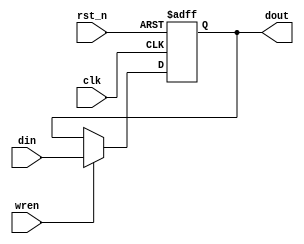
module cpu_reg4_ne(clk, rst_n, din, wren, dout);

        input           clk;    // System clk
        input           rst_n;  // System Reset
        input   [3:0]  	din;    // Data input
        input           wren; 	// Enable Register
        output  [3:0]  	dout;   // Data Output

        reg     [3:0]  	dout;

        always@(negedge clk or negedge rst_n)
        begin
                if(~rst_n)    	dout<=4'b0;
                else if(wren)	dout<=din;
                else 		dout<=dout;
        end


endmodule